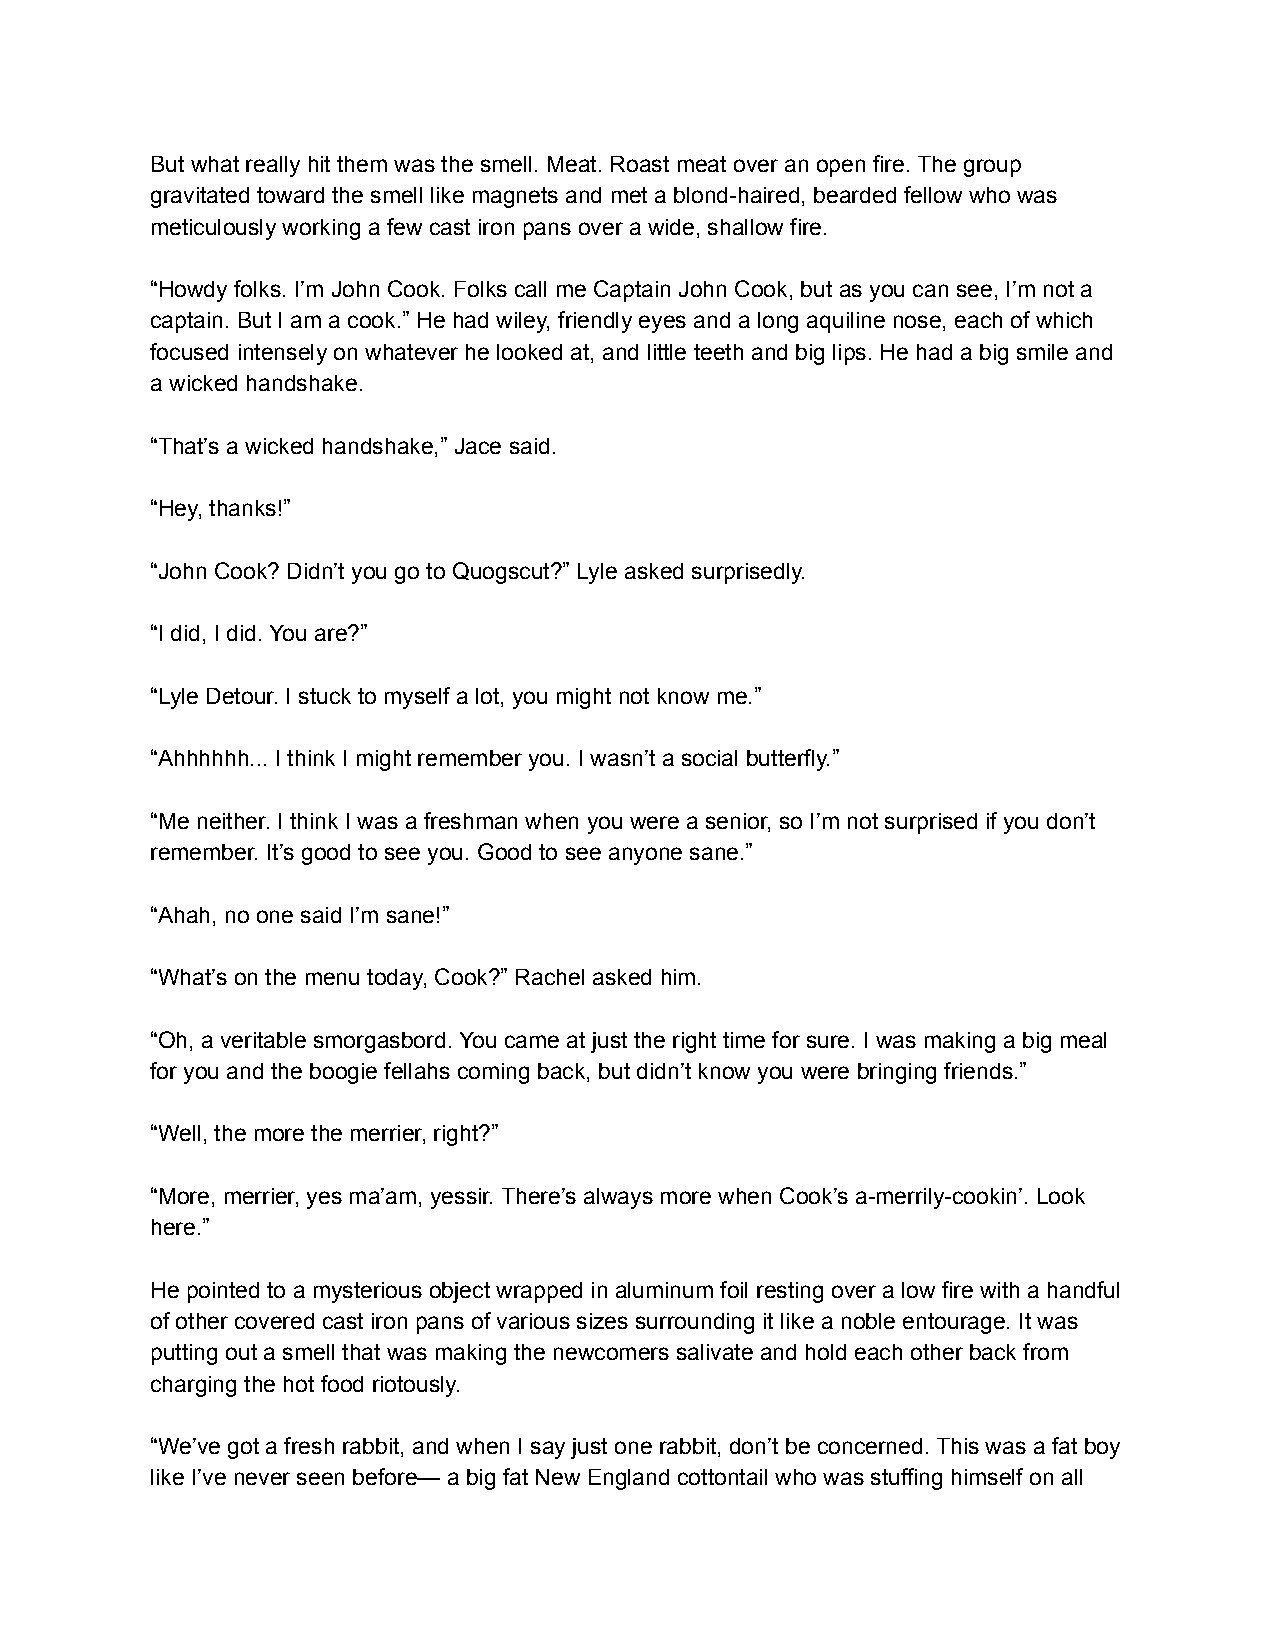
But what really hit them was the smell. Meat. Roast meat over an open fire. The group
 gravitated toward the smell like magnets and met a blond-haired, bearded fellow who was
 meticulously working a few cast iron pans over a wide, shallow fire.
 “Howdy folks. I’m John Cook. Folks call me Captain John Cook, but as you can see, I’m not a
 captain. But I am a cook.” He had wiley, friendly eyes and a long aquiline nose, each of which
 focused intensely on whatever he looked at, and little teeth and big lips. He had a big smile and
 a wicked handshake.
 “That’s a wicked handshake,” Jace said.
 “Hey, thanks!”
 “John Cook? Didn’t you go to Quogscut?” Lyle asked surprisedly.
 “I did, I did. You are?”
 “Lyle Detour. I stuck to myself a lot, you might not know me.”
 “Ahhhhhh... I think I might remember you. I wasn’t a social butterfly.”
 “Me neither. I think I was a freshman when you were a senior, so I’m not surprised if you don’t
 remember. It’s good to see you. Good to see anyone sane.”
 “Ahah, no one said I’m sane!”
 “What’s on the menu today, Cook?” Rachel asked him.
 “Oh, a veritable smorgasbord. You came at just the right time for sure. I was making a big meal
 for you and the boogie fellahs coming back, but didn’t know you were bringing friends.”
 “Well, the more the merrier, right?”
 “More, merrier, yes ma’am, yessir. There’s always more when Cook’s a-merrily-cookin’. Look
 here.”
 He pointed to a mysterious object wrapped in aluminum foil resting over a low fire with a handful
 of other covered cast iron pans of various sizes surrounding it like a noble entourage. It was
 putting out a smell that was making the newcomers salivate and hold each other back from
 charging the hot food riotously.
 “We’ve got a fresh rabbit, and when I say just one rabbit, don’t be concerned. This was a fat boy
 like I’ve never seen before— a big fat New England cottontail who was stuffing himself on all